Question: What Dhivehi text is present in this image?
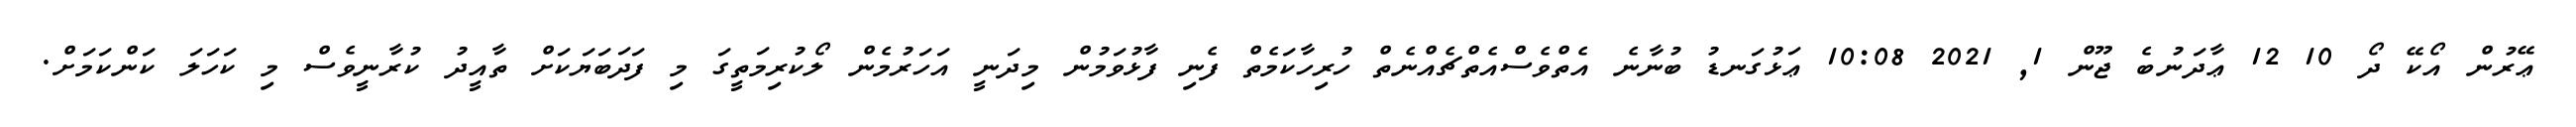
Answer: ޢޭރުން އޯކޭ ދޯ 10 12 ޢާދަނުބެ ޖޫން 1, 2021 10:08 ޢަޅުގަނޑު ބުނާނެ އެތްވެސްއެތްޗެއްނެތް ހުރިހާކަމެތް ފެނި ފާޅުވަމުން މިދަނީ އަހަރުމެން ލޯކުރިމަތީގަ މި ފަދަބަޔަކަށް ތާއީދު ކުރާނީވެސް މި ކަހަލަ ކަންކަމަށް.